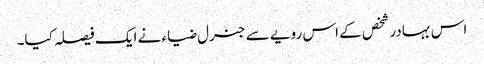
اس بہادر شخص کے اس رویے سے جنرل ضیاء نے ایک فیصلہ کیا۔